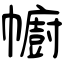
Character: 幮